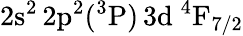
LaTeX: \mathrm{2s^{2}\, 2p^{2}(^{3}P)\, 3d~^{4}F_{7/2}}